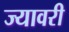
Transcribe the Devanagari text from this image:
ज्यावरी